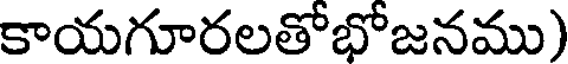
కాయగూరలతోభోజనము)